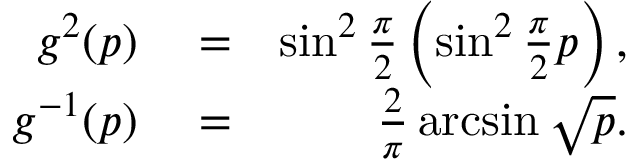
\begin{array} { r l r } { g ^ { 2 } ( p ) } & { { } = } & { \sin ^ { 2 } \frac { \pi } { 2 } \left( \sin ^ { 2 } \frac { \pi } { 2 } p \right) , } \\ { g ^ { - 1 } ( p ) } & { { } = } & { \frac { 2 } { \pi } \arcsin \sqrt { p } . } \end{array}